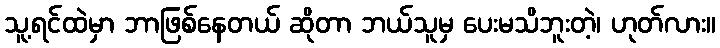
သူ့ရင်ထဲမှာ ဘာဖြစ်နေတယ် ဆိုတာ ဘယ်သူမှ ပေးမသိဘူးတဲ့၊ ဟုတ်လား။